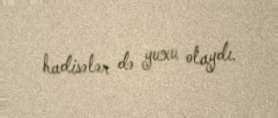
hadisələr də yuxu olaydı.